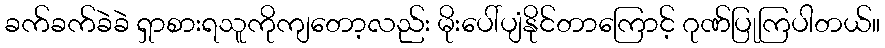
ခက်ခက်ခဲခဲ ရှာစားရသူကိုကျတော့လည်း မိုးပေါ်ပျံနိုင်တာကြောင့် ဂုဏ်ပြုကြပါတယ်။